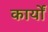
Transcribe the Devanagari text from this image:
कार्याें